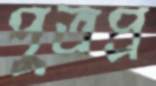
পুত্রপ্র